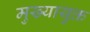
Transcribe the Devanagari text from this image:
मुख्यायुक्त